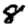
Digit: 8